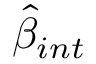
\hat { \beta } _ { i n t }